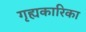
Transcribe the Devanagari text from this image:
गृह्यकारिका